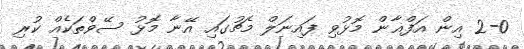
2-0 އިން އަފްޣާން މޮޅުވި ފައިނަލް މެޗުގައި އޭނާ މޮޅު ސޭވްތަކެއް ކުރި